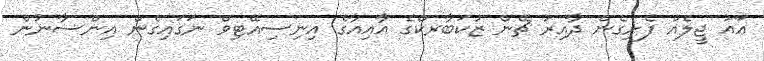
އައު ޖީލެއް ފެށިގެން ދާއިރު ޗޭން ޒުކަބާރކްގެ އާއިއާގެ އިނިސިއޭޓިވް ނަގައިގެން އިންސާނުން